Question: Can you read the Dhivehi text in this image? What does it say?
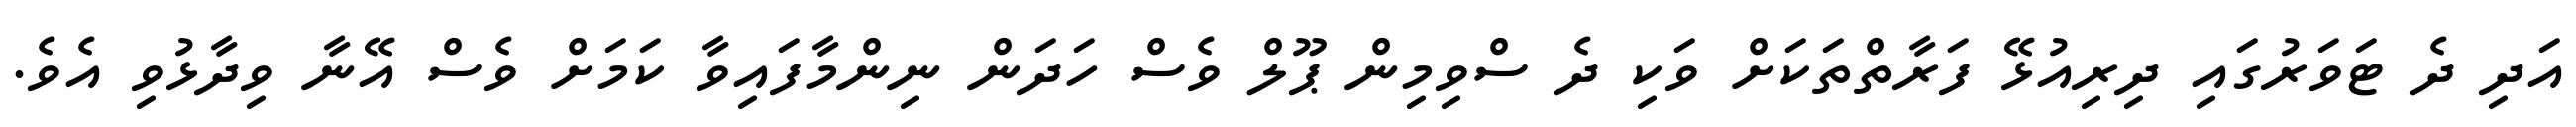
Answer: އަދި ދެ ޓަވަރުގައި ދިރިއުޅޭ ފަރާތްތަކަށް ވަކި ދެ ސްވިމިން ޕޫލް ވެސް ހަދަން ނިންމާފައިވާ ކަމަށް ވެސް އޭނާ ވިދާޅުވި އެވެ.